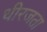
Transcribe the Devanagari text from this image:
धीरजता